Report on malaria in the Punjab during the year ...  together with an account of the work of the Punjab Malaria Bureau - Volume 6
Disease focus: Malaria
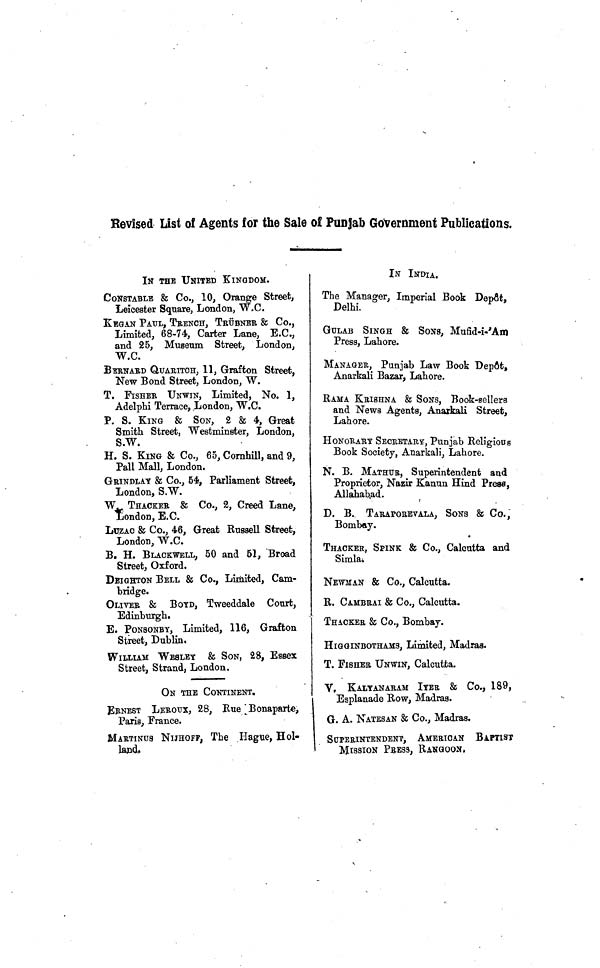
Revised list of Agents for the Sale of Punjab Government Publications.
IN THE UNITED KINGDOM.
CONSTABLE & Co., 10, Orange Street,
Leicester Square, London, W.C.
KEGAN PAUL, TRENCH, TRÜBNEE & Co.,
Limited, 68-74, Carter Lane, E.C.,
and 25, Museum Street, London,
W.C.
BERNARD QUARITCH, 11, Grafton Street,
New Bond Street, London, W.
T. FISHER UNWIN, Limited, No. 1,
Adelphi Terrace, London, W.C.
P. S. KING & SON, 2 & 4, Great
Smith Street, Westminster, London,
S.W.
H. S. KING & Co., 65, Cornhill, and 9,
Pall Mall, London.
GRINDLAY & Co., 54, Parliament Street,
London, S.W.
W. THACKER & Co., 2, Creed Lane,
London, E.C.
LUZAC & Co., 46, Great Russell Street,
London, W.C.
B. H. BLACKWELL, 50 and 51, Broad
Street, Oxford.
DEIGHTON BELL & Co., Limited, Cam-
bridge.
OLIVER & BOYD, Tweeddale Court,
Edinburgh.
E. PONSONBY, Limited, 116, Grafton
Street, Dublin.
WILLIAM WESLEY & SON, 28, Essex
Street, Strand, London.
ON THE CONTINENT.
ERNEST LEROUX, 28, Rue :Bonaparte,
Paris, France.
MARTINUS NIJHOFF, The Hague, Hol-
land,
IN INDIA.
The Manager, Imperial Book Depot,
Delhi.
GULAB SINGH & SONS, Mufid-i-'Am
Press, Lahore.
MANAGER, Punjab Law Book Depfit,
Anarkali Bazar, Lahore.
RAMA KEISHNA & SONS, Book-sellers
and News Agents, Anarkali Street,
Lahore.
HONORARY SECRETARY, Punjab Religious
Book Society, Anarkali, Lahore.
N. B. MATHUR, Superintendent and
Proprietor, Nazir Kanun Hind Press,
Allahabad.
D. B. TARAPOREVALA, SONS & Co.,
Bombay.
THACKER, SPINK & Co., Calcutta and
Simlai
NEWMAN & Co., Calcutta.
R. CAMBRAI & Co., Calcutta.
THACKEE & Co., Bombay.
HIGGINBOTHAMS, Limited, Madras.
T. FISHEE UNWIN, Calcutta.
V, KALYANARAM IYER & Co., 189,
Esplanade Row, Madras.
G. A. NATESAN & Co., Madras.
SUPERINTENDENT, AMERICAN BAPTIST
MISSION PRESS, RANGOON.